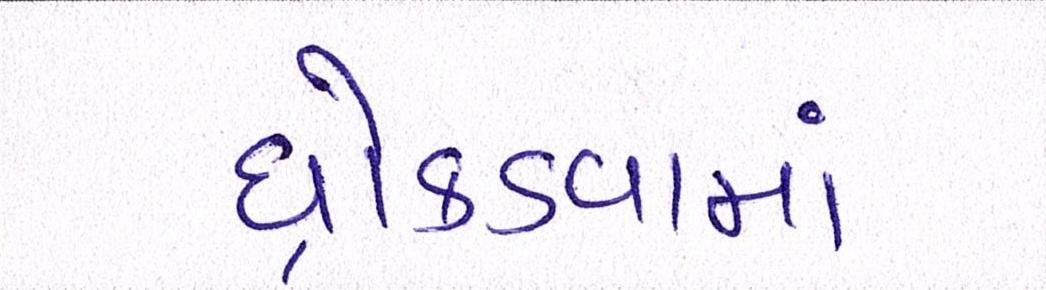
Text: ધ્રોકડવામાં